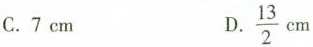
C. 7cm D. $$\frac{13}{2}$$cm